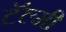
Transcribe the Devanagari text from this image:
टॅल्मी